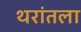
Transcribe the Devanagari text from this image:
थरांतला